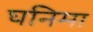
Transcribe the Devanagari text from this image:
घनिमा